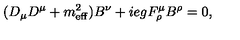
( D _ { \mu } D ^ { \mu } + m _ { \mathrm { e f f } } ^ { 2 } ) B ^ { \nu } + i e g F _ { \rho } ^ { \mu } B ^ { \rho } = 0 ,